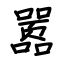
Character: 嚣